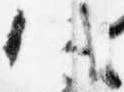
八